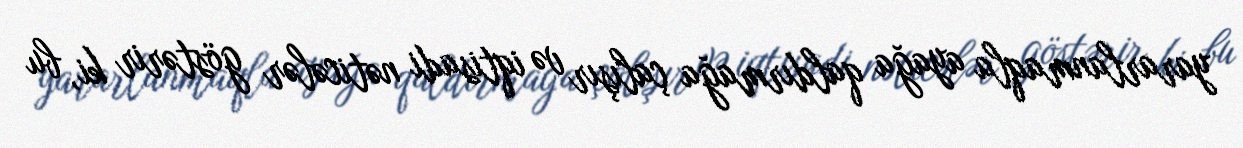
yararlanmaqla ayağa qaldırmağa çalışır və iqtisadi nəticələr göstərir ki, bu